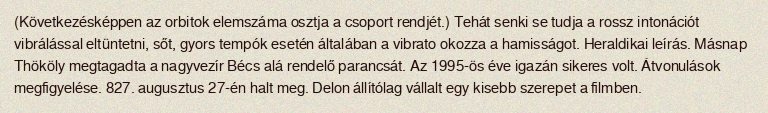
(Következésképpen az orbitok elemszáma osztja a csoport rendjét.) Tehát senki se tudja a rossz intonációt vibrálással eltüntetni, sőt, gyors tempók esetén általában a vibrato okozza a hamisságot. Heraldikai leírás. Másnap Thököly megtagadta a nagyvezír Bécs alá rendelő parancsát. Az 1995-ös éve igazán sikeres volt. Átvonulások megfigyelése. 827. augusztus 27-én halt meg. Delon állítólag vállalt egy kisebb szerepet a filmben.